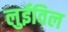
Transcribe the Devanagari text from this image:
लुईविल